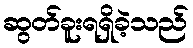
ဆွတ်ခူးရရှိခဲ့သည်